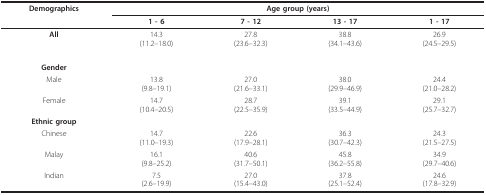
<table><thead><tr><td><b>Demographics</b></td><td colspan="4"><b>Age group (years)</b></td></tr><tr><td></td><td><b>1 - 6</b></td><td><b>7 - 12</b></td><td><b>13 - 17</b></td><td><b>1 - 17</b></td></tr></thead><tbody><tr><td><b>All</b></td><td>14.3(11.2--18.0)</td><td>27.8(23.6--32.3)</td><td>38.8(34.1--43.6)</td><td>26.9(24.5--29.5)</td></tr><tr><td><b>Gender</b></td><td></td><td></td><td></td><td></td></tr><tr><td>Male</td><td>13.8(9.8--19.1)</td><td>27.0(21.6--33.1)</td><td>38.0(29.9--46.9)</td><td>24.4(21.0--28.2)</td></tr><tr><td>Female</td><td>14.7(10.4--20.5)</td><td>28.7(22.5--35.9)</td><td>39.1(33.5--44.9)</td><td>29.1(25.7--32.7)</td></tr><tr><td><b>Ethnic group</b></td><td></td><td></td><td></td><td></td></tr><tr><td>Chinese</td><td>14.7(11.0--19.3)</td><td>22.6(17.9--28.1)</td><td>36.3(30.7--42.3)</td><td>24.3(21.5--27.5)</td></tr><tr><td>Malay</td><td>16.1(9.8--25.2)</td><td>40.6(31.7--50.1)</td><td>45.8(36.2--55.8)</td><td>34.9(29.7--40.6)</td></tr><tr><td>Indian</td><td>7.5(2.6--19.9)</td><td>27.0(15.4--43.0)</td><td>37.8(25.1--52.4)</td><td>24.6(17.8--32.9)</td></tr></tbody></table>